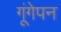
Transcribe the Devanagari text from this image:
गूंगेपन